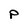
Character: P